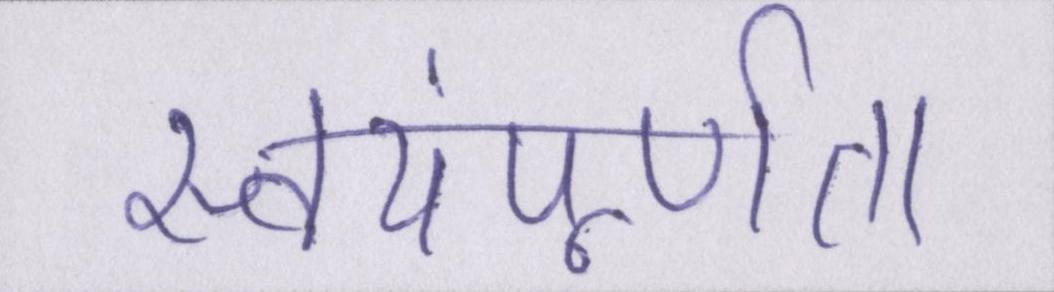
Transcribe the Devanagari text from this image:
स्वयंपूर्णता